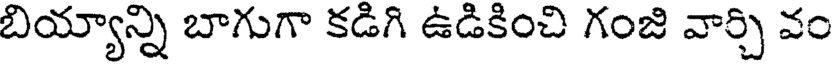
బియ్యాన్ని బాగుగా కడిగి ఉడికించి గంజి వార్చి వం